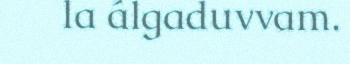
la álgaduvvam.